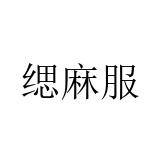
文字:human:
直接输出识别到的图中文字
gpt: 缌麻服